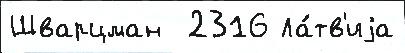
Шварцман  2316 Ла́тв'иjа